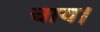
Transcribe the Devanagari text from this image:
चाय।